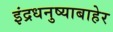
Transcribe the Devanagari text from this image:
इंद्रधनुष्याबाहेर